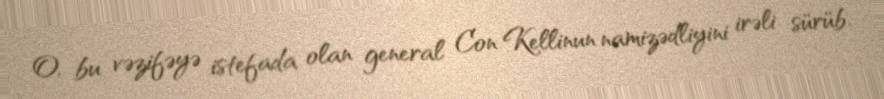
O, bu vəzifəyə istefada olan general Con Kellinun namizədliyini irəli sürüb.